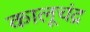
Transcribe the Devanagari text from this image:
कालूचंद्र